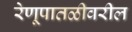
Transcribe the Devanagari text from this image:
रेणूपातळीवरील